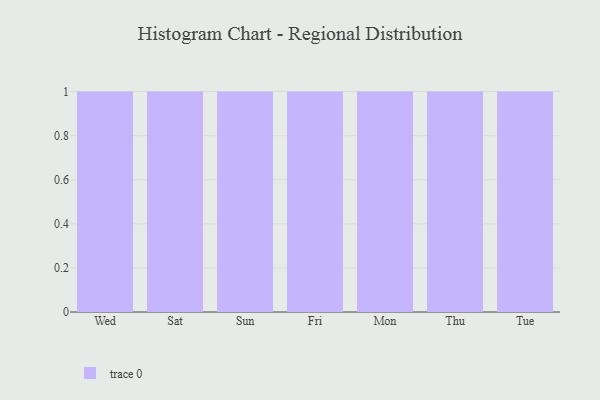
{"axis": {"x": "Day", "y": "Page Views"}, "legend": [""], "data": [{"x": "Wed", "y": 29, "type": ""}, {"x": "Sat", "y": 59, "type": ""}, {"x": "Sun", "y": 71, "type": ""}, {"x": "Fri", "y": 48, "type": ""}, {"x": "Mon", "y": 46, "type": ""}, {"x": "Thu", "y": 8, "type": ""}, {"x": "Tue", "y": 46, "type": ""}]}